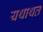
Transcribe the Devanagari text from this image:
यथाथत